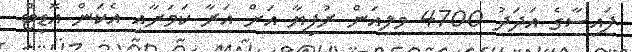
ފައިސާގެ އަދަދު 4700 މިލިއަން ރުފިޔާ އަށް އަރާ ކަމަށާއި އެކަން އޮޑިޓް